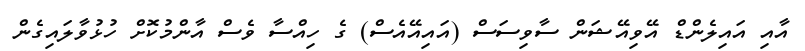
އާއި އައިލެންޑް އޭވިއޭޝަން ސާވިސަސް (އައިއޭއެސް) ގެ ހިއްސާ ވެސް އާންމުކޮށް ހުޅުވާލައިގެން